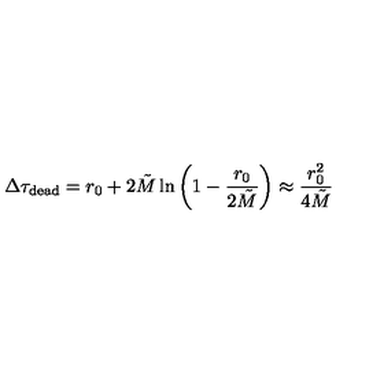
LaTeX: \Delta \tau _ { \mathrm { d e a d } } = r _ { 0 } + 2 \tilde { M } \ln \left( 1 - \frac { r _ { 0 } } { 2 \tilde { M } } \right) \approx \frac { r _ { 0 } ^ { 2 } } { 4 \tilde { M } }